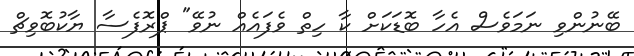
ބޭނުންވި ނަމަވެސް އެހާ ބޮޑަކަށް ކާ ހިތް ވެފައެއް ނުވޭ" ޕްރޮފެސާ ޔާކުބޮވިޗް